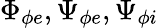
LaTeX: \Phi_{\phi e},\Psi_{\phi e},\Psi_{\phi i}